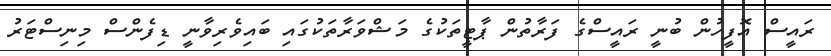
ރައީސް އޮފީހުން ބުނީ ރައީސްގެ ފަރާތުން ޕާޓީތަކުގެ މަޝްވަރާތަކުގައި ބައިވެރިވާނީ ޑިފެންސް މިނިސްޓަރު